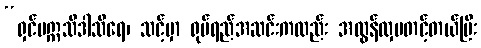
“ရှင်မဣသိဒါသီရေ၊ သင့်မှာ ရုပ်ရည်အဆင်းကလည်း အလွန်လှပတင့်တယ်ပြီး